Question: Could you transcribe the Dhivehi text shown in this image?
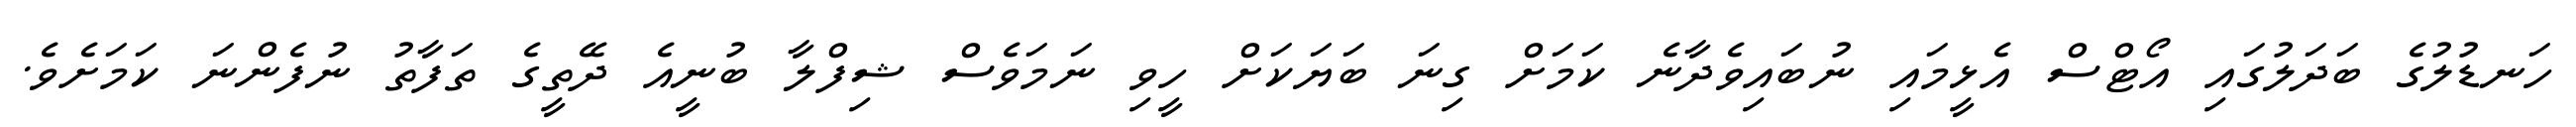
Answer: ހަނޑުލުގެ ބަދަލުގައި އޯޓްސް އެޅީމައި ނުބައިވެދާނެ ކަމަށް ގިނަ ބަޔަކަށް ހީވި ނަމަވެސް ޝިފްލާ ބުނީއެ ދޭތީގެ ތަފާތު ނުފެންނަ ކަމަށެވެ.